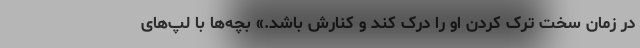
در زمان سخت ترک کردن او را درک کند و کنارش باشد.» بچه‌ها با لپ‌های